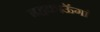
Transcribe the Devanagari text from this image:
बहकाऊॅगां